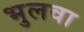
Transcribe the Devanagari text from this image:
भुलवा